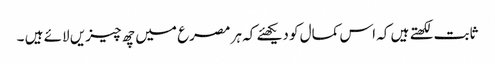
ثابت لکھتے ہیں کہ اس کمال کو دیکھئے کہ ہر مصرع میں چھ چیزیں لائے ہیں ۔